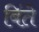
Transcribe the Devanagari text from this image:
बिंते